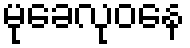
မုခေလုဝနေ